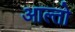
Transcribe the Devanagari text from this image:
आल्तो